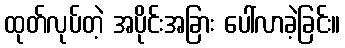
ထုတ်လုပ်တဲ့ အပိုင်းအခြား ပေါ်လာခဲ့ခြင်း။